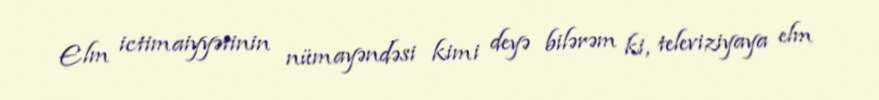
Elm ictimaiyyətinin nümayəndəsi kimi deyə bilərəm ki, televiziyaya elm